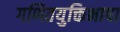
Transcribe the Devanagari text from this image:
गणितयुक्तिभाषा